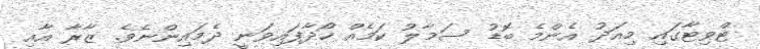
ޓްވިޓާގައި މިއަދު އެންމެ ބޮޑު ސަމާލު ކަމެއް ހޯދާފައިވަނީ ދެމައިންނެވެ. ޒާރާ އާއި